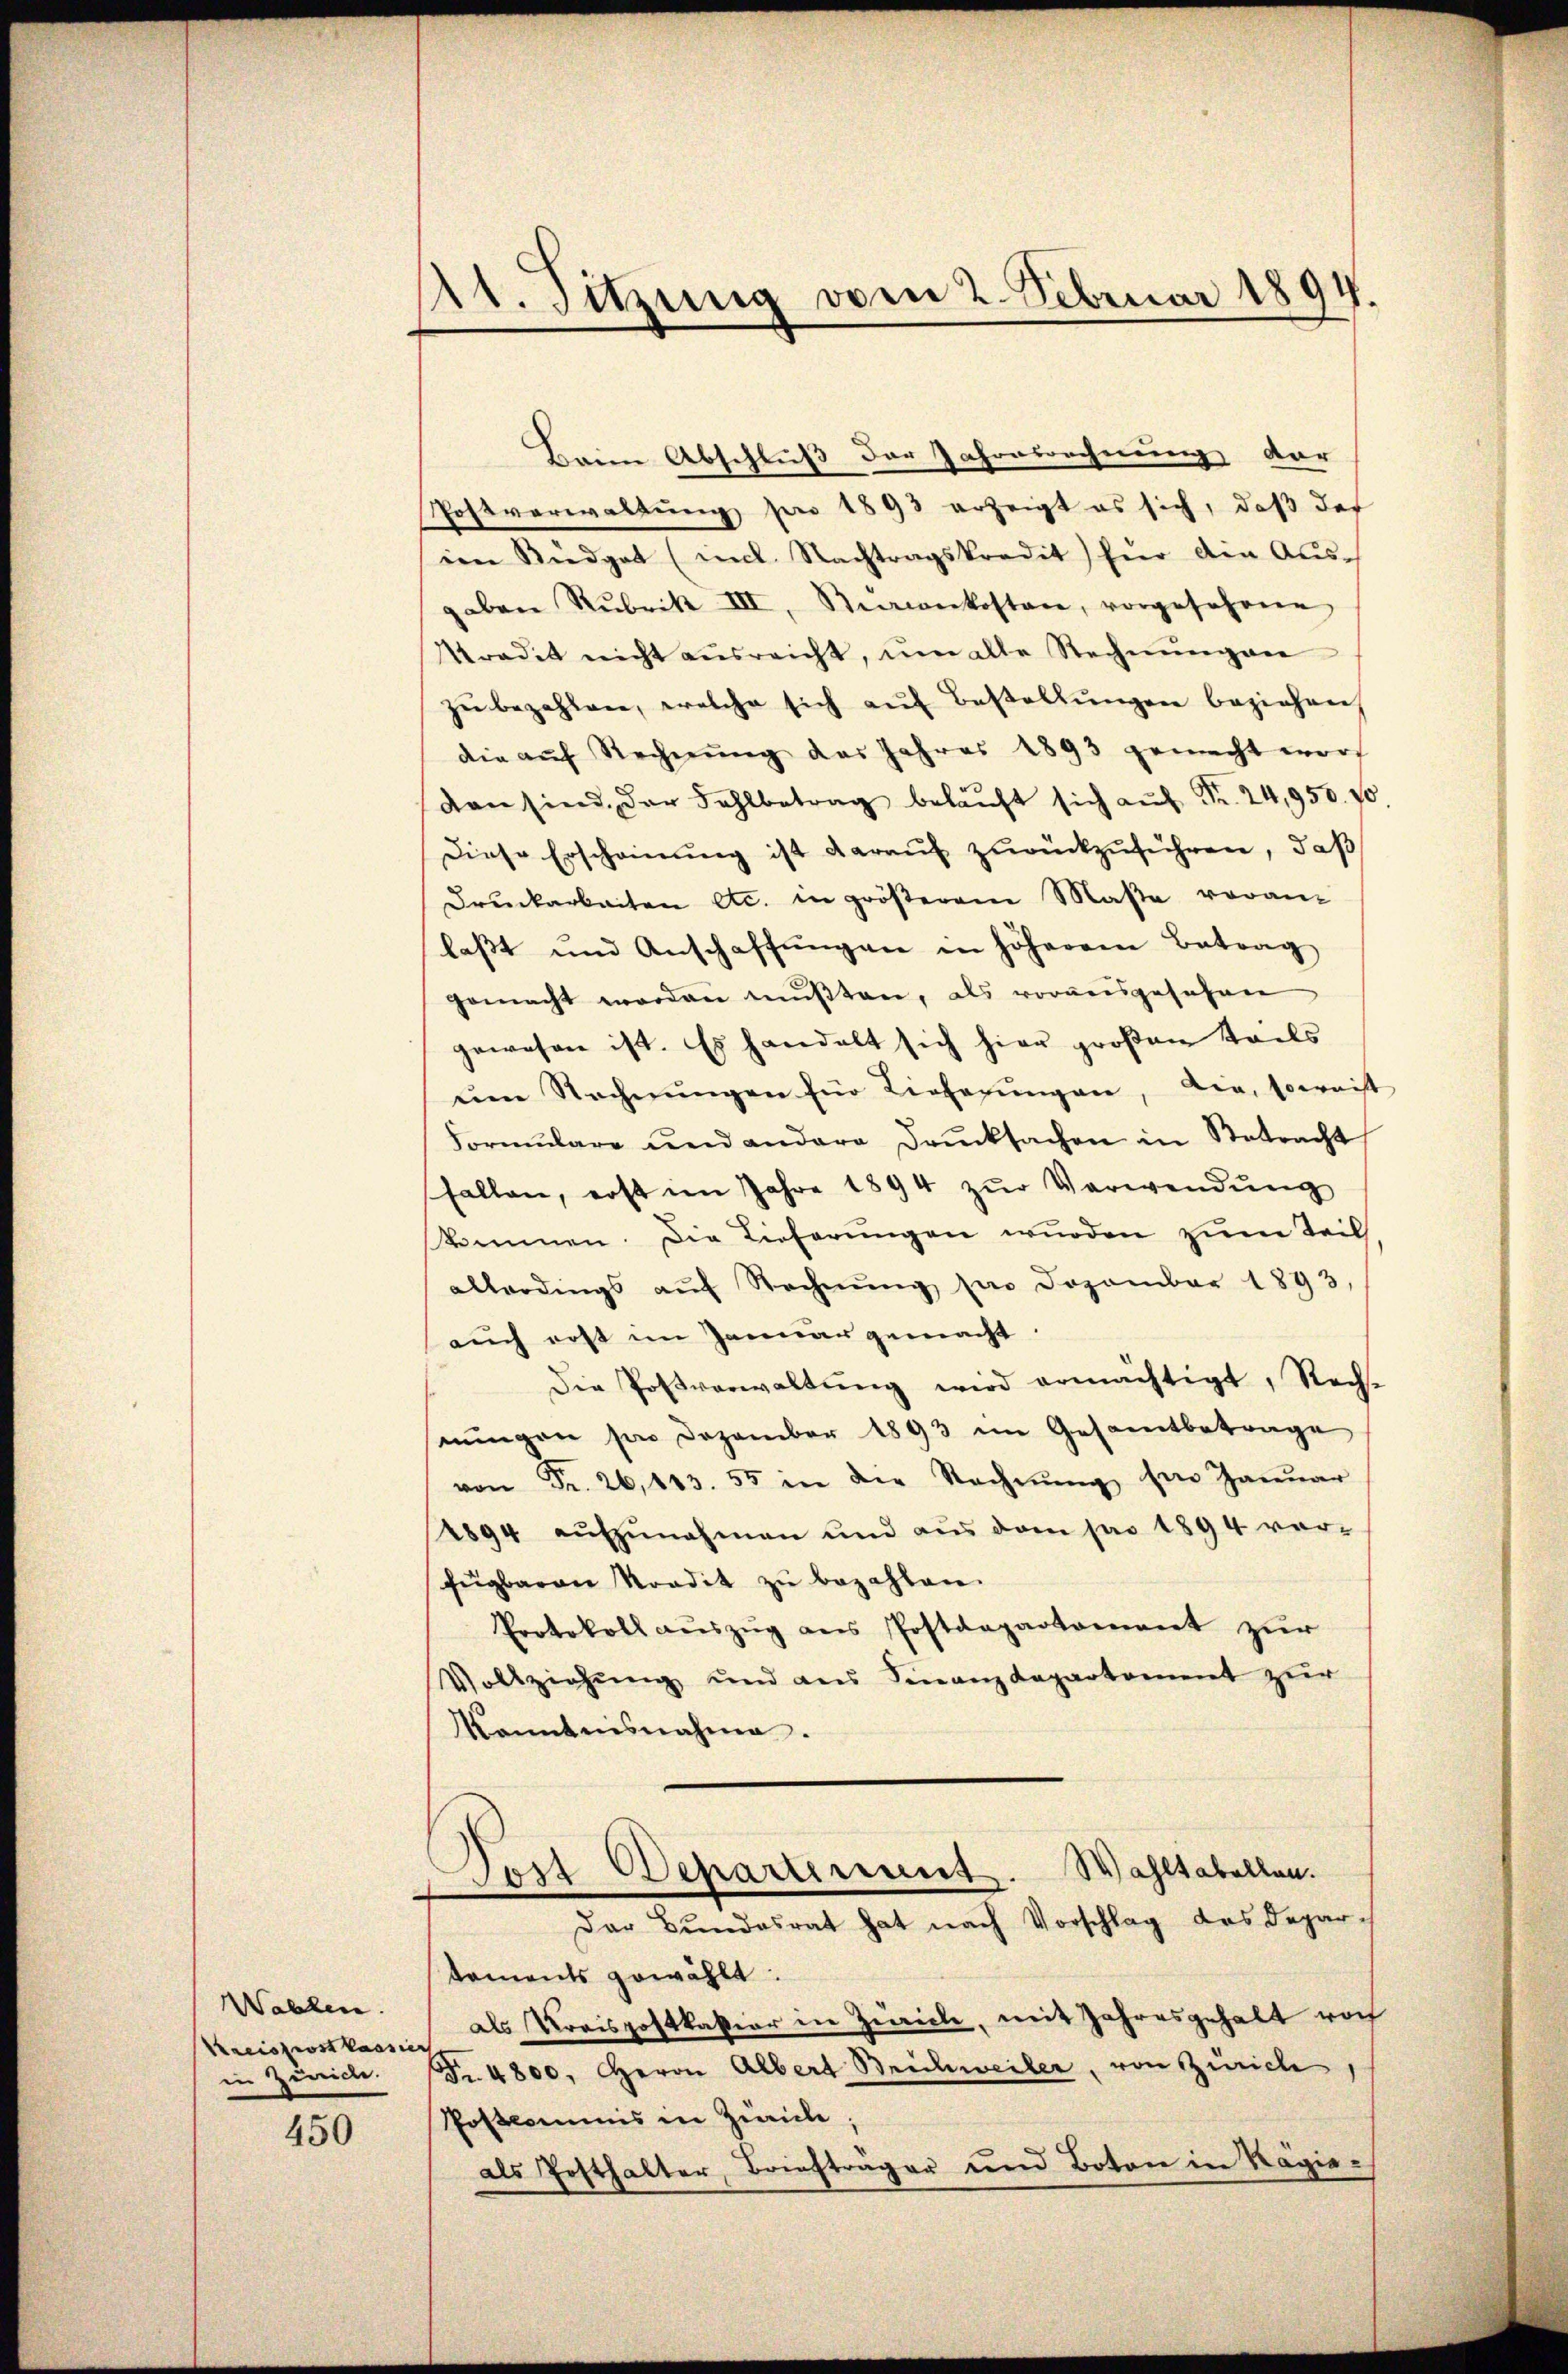
Wahlen.
Kreisziostkassier
in Zürich.

450

st. Sitzung vom 2. Februar 1894.

Beim Abschluß der Jahresrechnung dar
Postverwaltung pro 1893 erzeigt es sich, daß der
ien Kiedgat (mit Nachtragskredit für die Aŭs-
gaben Rubrik III, Riaconkosten, vorgeschre
Stradit nicht ausreicht, um alle Rechnŭngen
zŭ bezahlen, welche sich aŭf Bestallŭngen beziehen,
die aŭf Rechnŭng des Jahres 1893 gemacht worf
dan sind, der Fahlbetrag belaŭft sich aŭf Fr. 24,950. vo
Diese Erscheinung ist darauf zurückzuführen, daß
drŭckarbeiten etc. in gröβerem Maβe voran-
laßt und Anschaffungen in höherem Betrag
gemacht worden mŭβten, als vorausgesehen
gewesen ist. Es handelt sich hier großen Teils
ŭm Rechnŭngen für Lieferŭngen, die, soweist
Formŭlare und andere Drŭcksachen in Betracht
fallen, erst im Jahre 1894 zŭr Verwendŭng
skommen. Die Lieferungen wurden zum Teil
allerdings aŭf Rechnŭng der Dozember 1893,
auch erst im Januar gemacht
Die Postverwaltŭng wird ermächtigt, Rech-
nŭngen per Dezember 1893 im Gesamtbetrage
von Fr. 26,113. 55 in die Rechnŭng hin Januar
1894 aŭfzŭnahmen und aŭs dem pro 1894 ver-
fügbaron Nordit zu bezahlen.
Protokoll aŭszŭg ans Postdepartement zur
Vollziehŭng und aus Finanzdepartement zur
kanntnisnahme.
Jost Departerint. Wahltabellen.
Der Bundesrat hat nach Vorschlag des Depar-
koments gewählt:
als Kreispostkastiar in Zürich, mit Jahresgehalt noch
Fr. 4800. Herrn Albert Reichweiler, von Zürich,
Postcommis in Zürich,
als Posthalter, Brieftrager und Boten in Regie¬